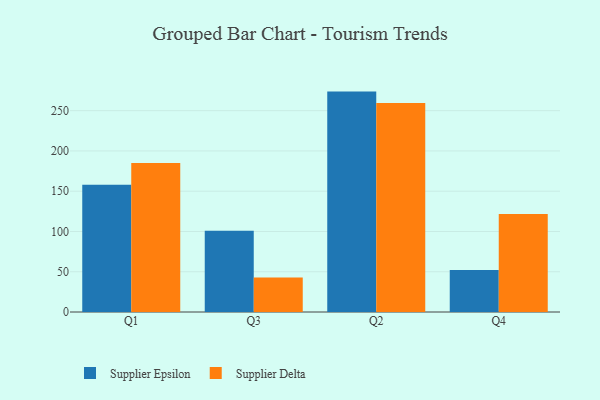
{"axis": {"x": "Quarter", "y": "Demand Index"}, "legend": ["Supplier Delta", "Supplier Epsilon"], "data": [{"x": "Q1", "y": 157.9, "type": "Supplier Epsilon"}, {"x": "Q1", "y": 185.1, "type": "Supplier Delta"}, {"x": "Q3", "y": 100.8, "type": "Supplier Epsilon"}, {"x": "Q3", "y": 42.8, "type": "Supplier Delta"}, {"x": "Q2", "y": 273.7, "type": "Supplier Epsilon"}, {"x": "Q2", "y": 259.5, "type": "Supplier Delta"}, {"x": "Q4", "y": 52.3, "type": "Supplier Epsilon"}, {"x": "Q4", "y": 121.8, "type": "Supplier Delta"}]}